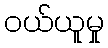
ဝယ်ယူမှု